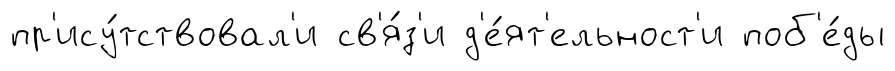
пр'ису́тствовал'и св'я́з'и д'е́ят'ельност'и поб'е́ды